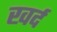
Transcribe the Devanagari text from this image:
खर्द